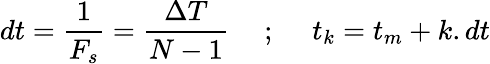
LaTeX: dt=\frac{1}{F_{s}}=\frac{\Delta T}{N-1}\quad\mathrm{~;~}\quad t_{k}=t_{m}+k.dt